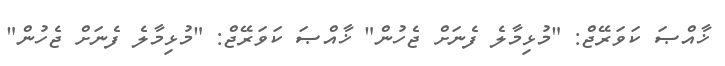
ޚާއްޞަ ކަވަރޭޖް: "މުޅިމާލެ ފެނަށް ޖެހުން" ޚާއްޞަ ކަވަރޭޖް: "މުޅިމާލެ ފެނަށް ޖެހުން"